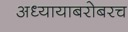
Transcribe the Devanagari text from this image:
अध्यायाबरोबरच